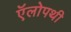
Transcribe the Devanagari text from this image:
ऍलोपथी